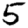
Digit: 5